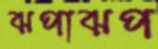
ঝপাঝপ